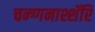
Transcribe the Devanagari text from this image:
चन्ग्गनाश्शॅरि